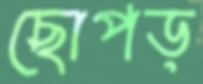
ছোপড়